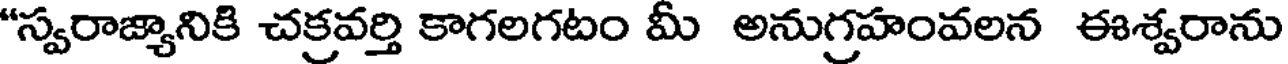
"స్వరాజ్యానికి చక్రవర్తి కాగలగటం మీ అనుగ్రహంవలన ఈశ్వరాను